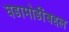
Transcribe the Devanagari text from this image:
घडामोडींबद्दल